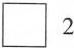
\Box 2